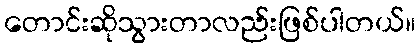
တောင်းဆိုသွားတာလည်းဖြစ်ပါတယ်။